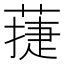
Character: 蓵